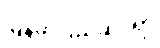
မြန်မာပြည်ဆိုင်ရာ